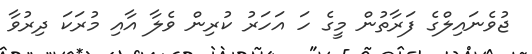
ޖުވެނައިލްގެ ފަރާތުން މީގެ ހަ އަހަރު ކުރިން ވެލާ އާއި މުރަކަ ދިރުވާ